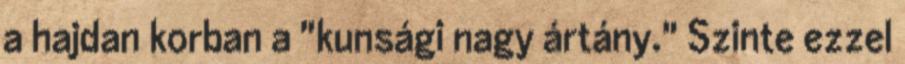
a hajdan korban a "kunsági nagy ártány." Szinte ezzel